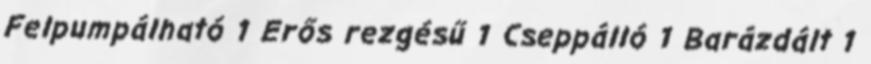
Felpumpálható 1 Erős rezgésű 1 Cseppálló 1 Barázdált 1